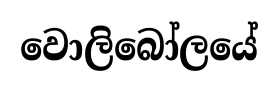
වොලිබෝලයේ